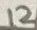
Text: 12